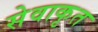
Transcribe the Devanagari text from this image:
सेवाकृत